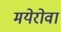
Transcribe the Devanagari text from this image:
मयेरोवा